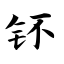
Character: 钚